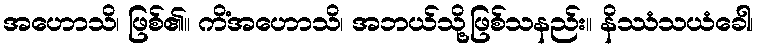
အဟောသိ၊ ဖြစ်၏။ ကိံအဟောသိ၊ အဘယ်သို့ဖြစ်သနည်း။ နိဿံသယံခေါ၊